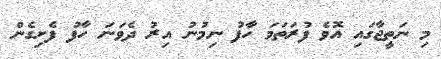
މި ނަތީޖާގައި އޮވެ ފުރަތަމަ ހާފު ނިމުނު އިރު ދެވަނަ ހާފު ފެށިގެން